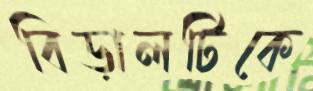
বিড়ালটিকে